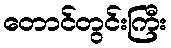
တောင်တွင်းကြီး